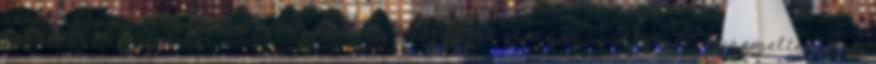
alkalmazásával lehetővé válik az, hogy hasonlóan előnyös rendszereket üzemeltessünk,